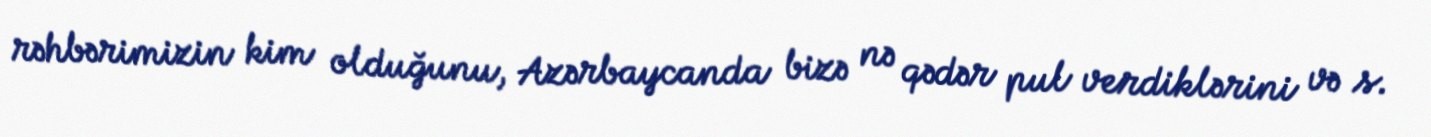
rəhbərimizin kim olduğunu, Azərbaycanda bizə nə qədər pul verdiklərini və s.